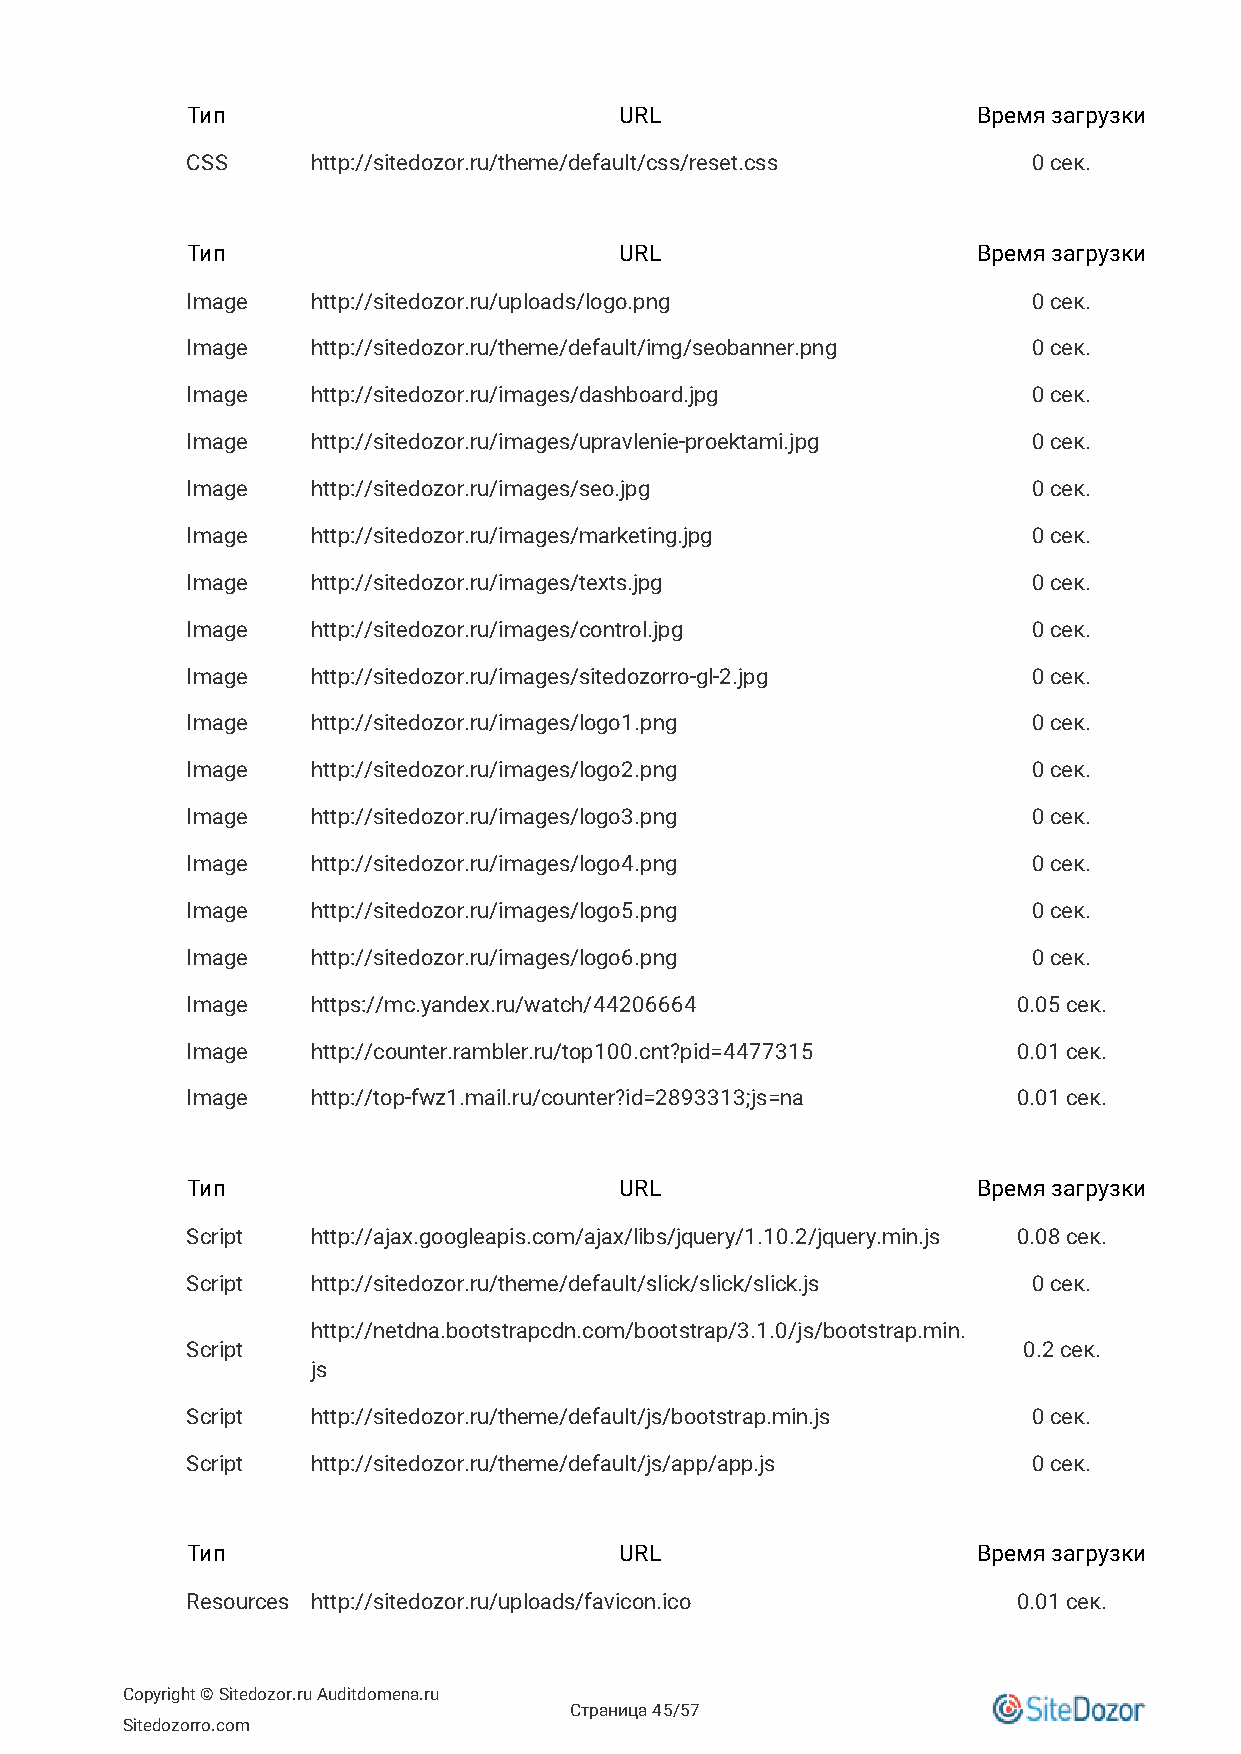
Тип                          URL                     Время загрузки
 CSS      http://sitedozor.ru/theme/default/css/reset.css 0 сек.
 Тип                          URL                     Время загрузки
 Image    http://sitedozor.ru/uploads/logo.png           0 сек.
 Image    http://sitedozor.ru/theme/default/img/seobanner.png 0 сек.
 Image    http://sitedozor.ru/images/dashboard.jpg       0 сек.
 Image    http://sitedozor.ru/images/upravlenie-proektami.jpg 0 сек.
 Image    http://sitedozor.ru/images/seo.jpg             0 сек.
 Image    http://sitedozor.ru/images/marketing.jpg       0 сек.
 Image    http://sitedozor.ru/images/texts.jpg           0 сек.
 Image    http://sitedozor.ru/images/control.jpg         0 сек.
 Image    http://sitedozor.ru/images/sitedozorro-gl-2.jpg 0 сек.
 Image    http://sitedozor.ru/images/logo1.png           0 сек.
 Image    http://sitedozor.ru/images/logo2.png           0 сек.
 Image    http://sitedozor.ru/images/logo3.png           0 сек.
 Image    http://sitedozor.ru/images/logo4.png           0 сек.
 Image    http://sitedozor.ru/images/logo5.png           0 сек.
 Image    http://sitedozor.ru/images/logo6.png           0 сек.
 Image    https://mc.yandex.ru/watch/44206664           0.05 сек.
 Image    http://counter.rambler.ru/top100.cnt?pid=4477315 0.01 сек.
 Image    http://top-fwz1.mail.ru/counter?id=2893313;js=na 0.01 сек.
 Тип                          URL                     Время загрузки
 Script   http://ajax.googleapis.com/ajax/libs/jquery/1.10.2/jquery.min.js 0.08 сек.
 Script   http://sitedozor.ru/theme/default/slick/slick/slick.js 0 сек.
 http://netdna.bootstrapcdn.com/bootstrap/3.1.0/js/bootstrap.min.
 Script                                                  0.2 сек.
 js
 Script   http://sitedozor.ru/theme/default/js/bootstrap.min.js 0 сек.
 Script   http://sitedozor.ru/theme/default/js/app/app.js 0 сек.
 Тип                          URL                     Время загрузки
 Resources http://sitedozor.ru/uploads/favicon.ico      0.01 сек.
 Copyright © Sitedozor.ru Auditdomena.ru
 Страница 45/57
 Sitedozorro.com